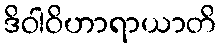
ဒိဝါဝိဟာရာယာတိ